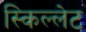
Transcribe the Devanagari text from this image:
स्किल्लेट